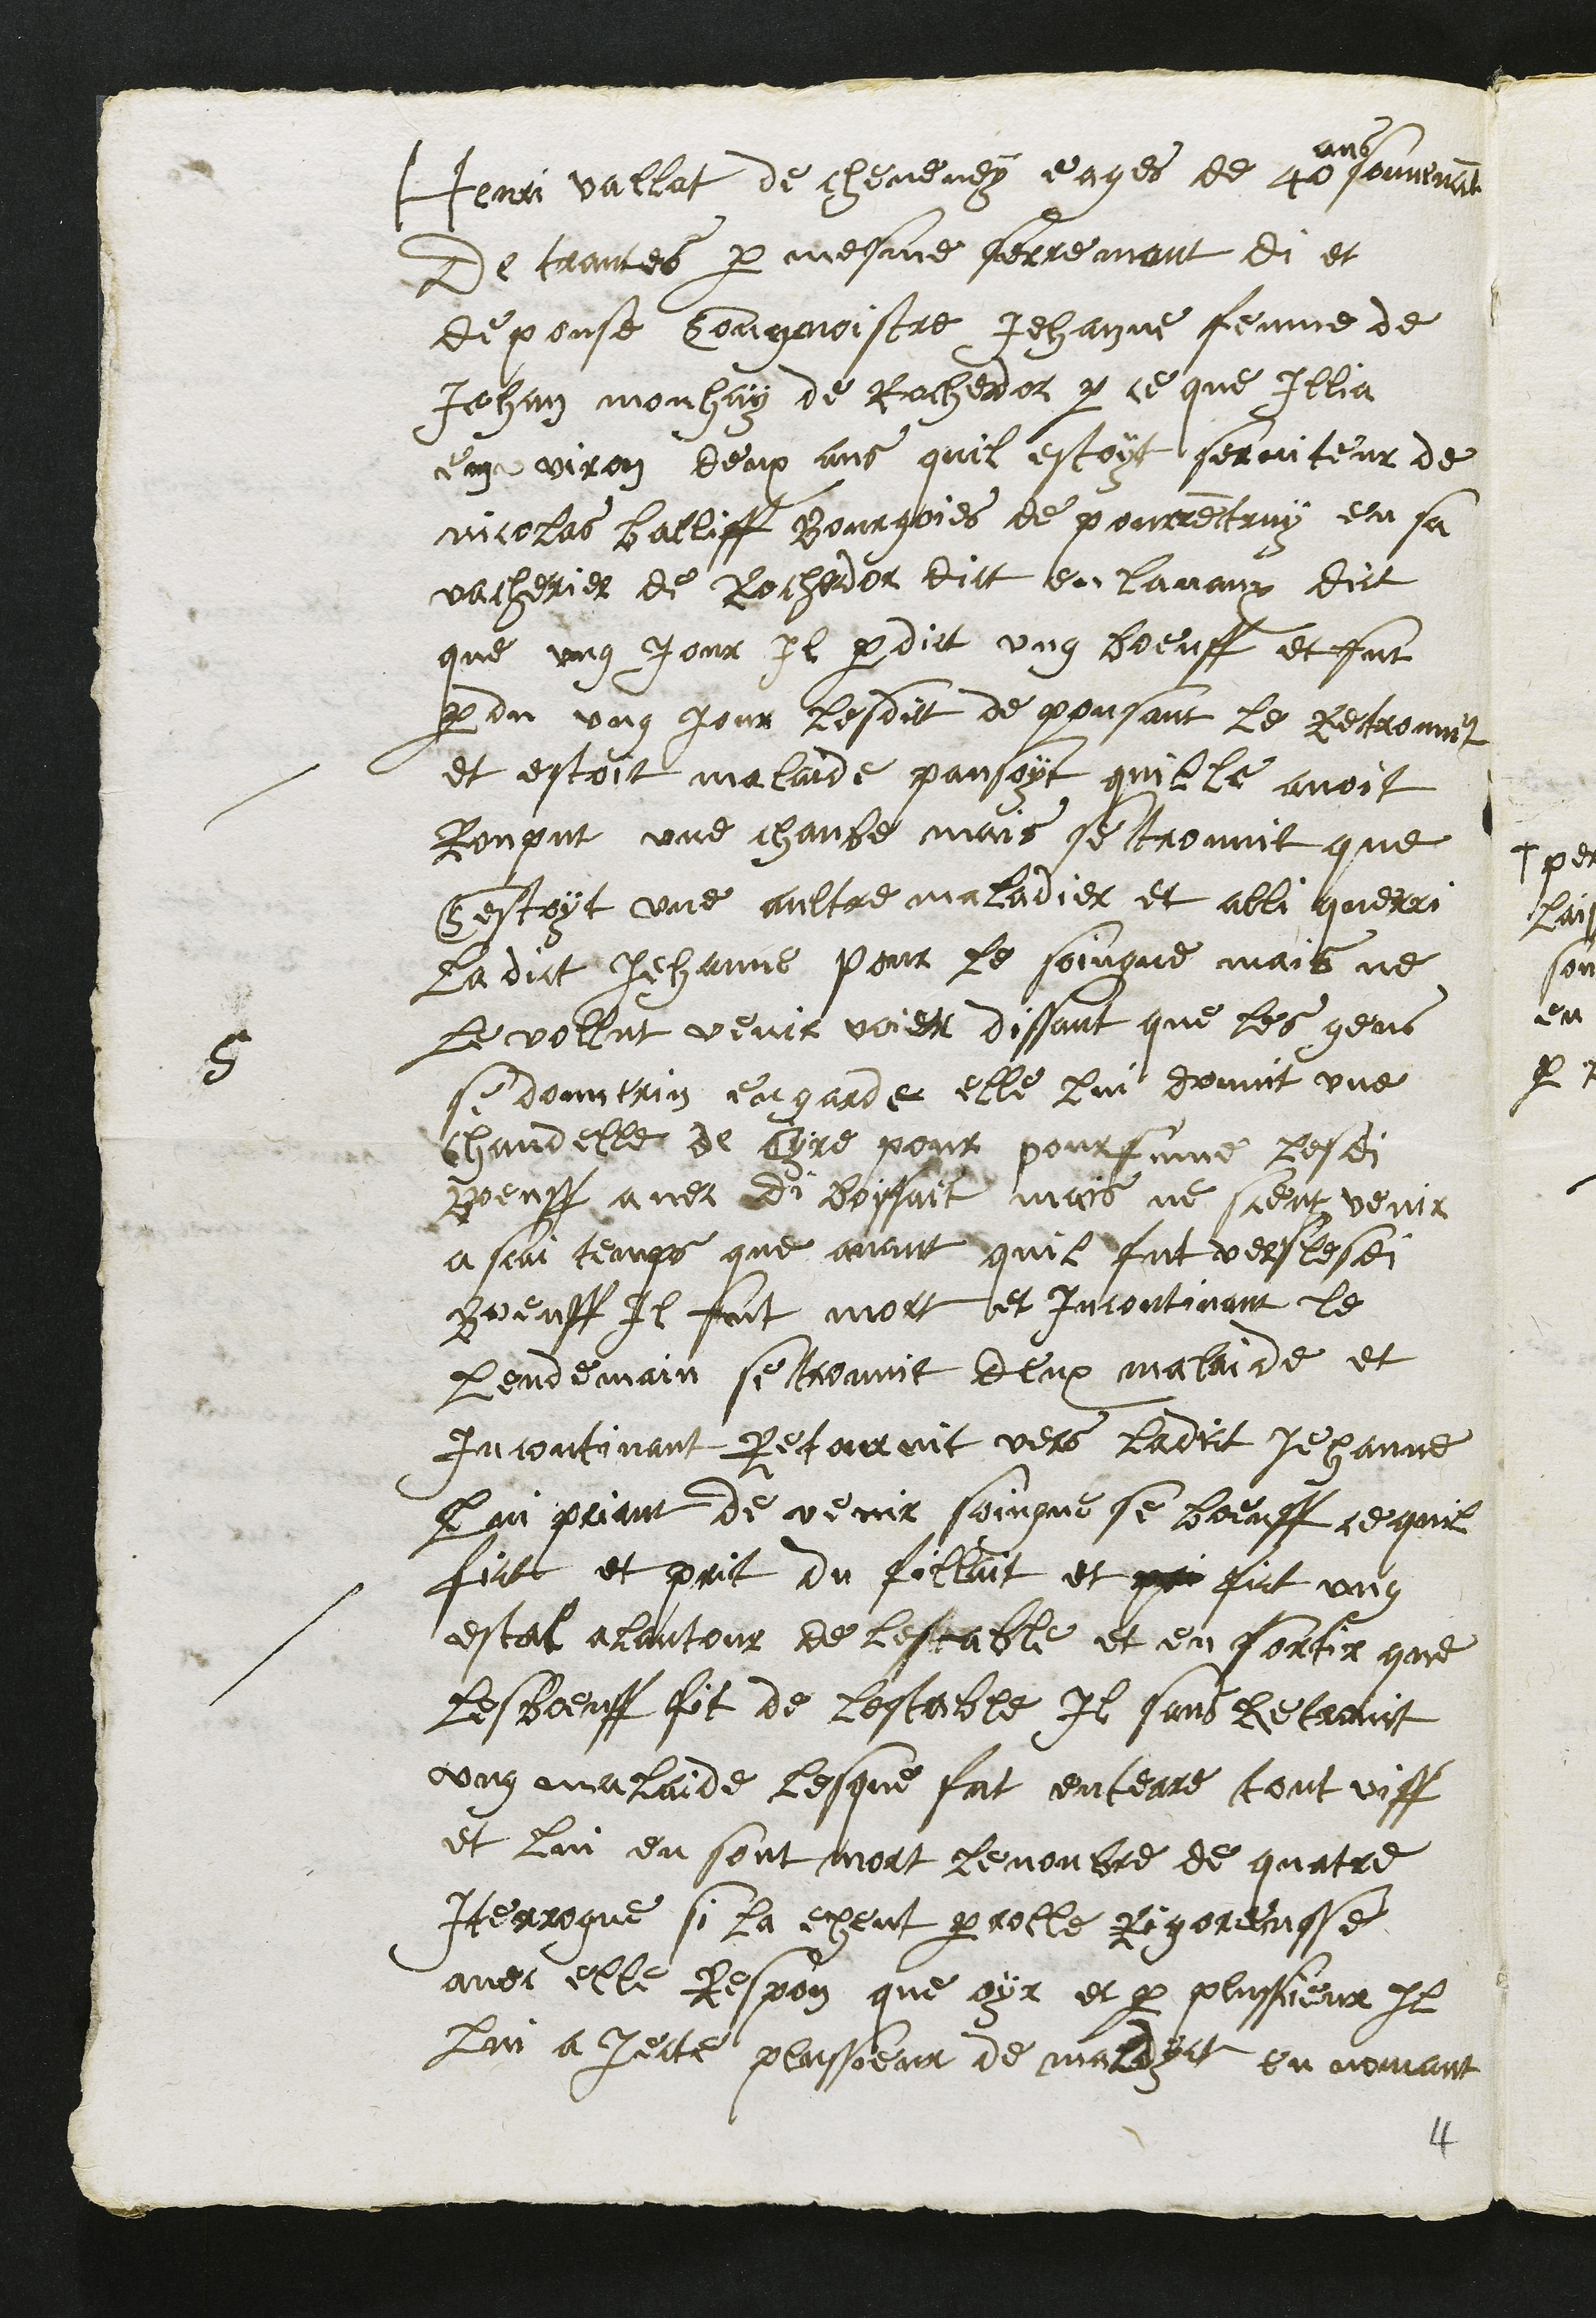
5
Henri Vallat de cheveney eages de 40
ans
souvenant
de trantes par mesme serremant di et
depouse congnoistre Jehanne femme de
Jehan Mouhay de Rochedor par ce que Illia
environ deux ans quil estoyt serviteur de
Nicolas balliff bourgoies de pourrentruy en sa
vacherier de Rochedor dict en lavaux dict
que ung jour plus perdict ung boeuff et fut
perdu ung jour lesdit de pousant le retrouvit
et estoit malade pansoyt quille avoit
Ronput une chanbe mais se trouvit que
Cestoyt une aultre maladie et alli querri
Ladict Jehanne pour le soingne mais ne
le vollut venir voier dissant que les gens
si donnerin engarde elle lui donnit une
Chandelle de Cyre pour pourfume lesdi
Boeuff avec di boissait mais ne sceut venir
a scai temps que avant quil fut vers lesdi
boeuff il fut mort et incontinant le
lendemain se trouvit deux malaide et
incontinant Retournit vers ladict Jehanne
lui priant de venir soingne se boeuff ce quil
fict et prit du fillait et pri fict ung
estal a lantour de lestable et en sortir que
les boeuff fit de lestable Il sans Retrovit
ung malaide lesque fut enterre tout viff
et lui en sont mort le nonbre de quatre
Iterrogue si la eheut parrolle Rigoreusse
avoir elle Respon que oyr et par plussieur Il
lui a jecte plussoeur de maladyct en nomant
4